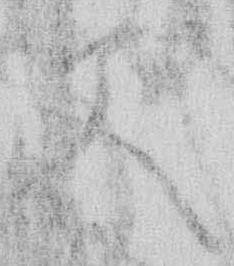
父